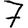
Digit: 7